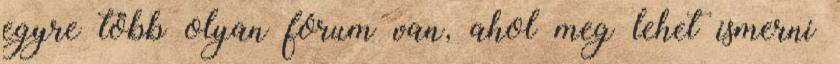
egyre több olyan fórum van, ahol meg lehet ismerni